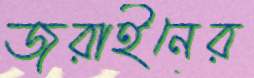
জুরাইনের